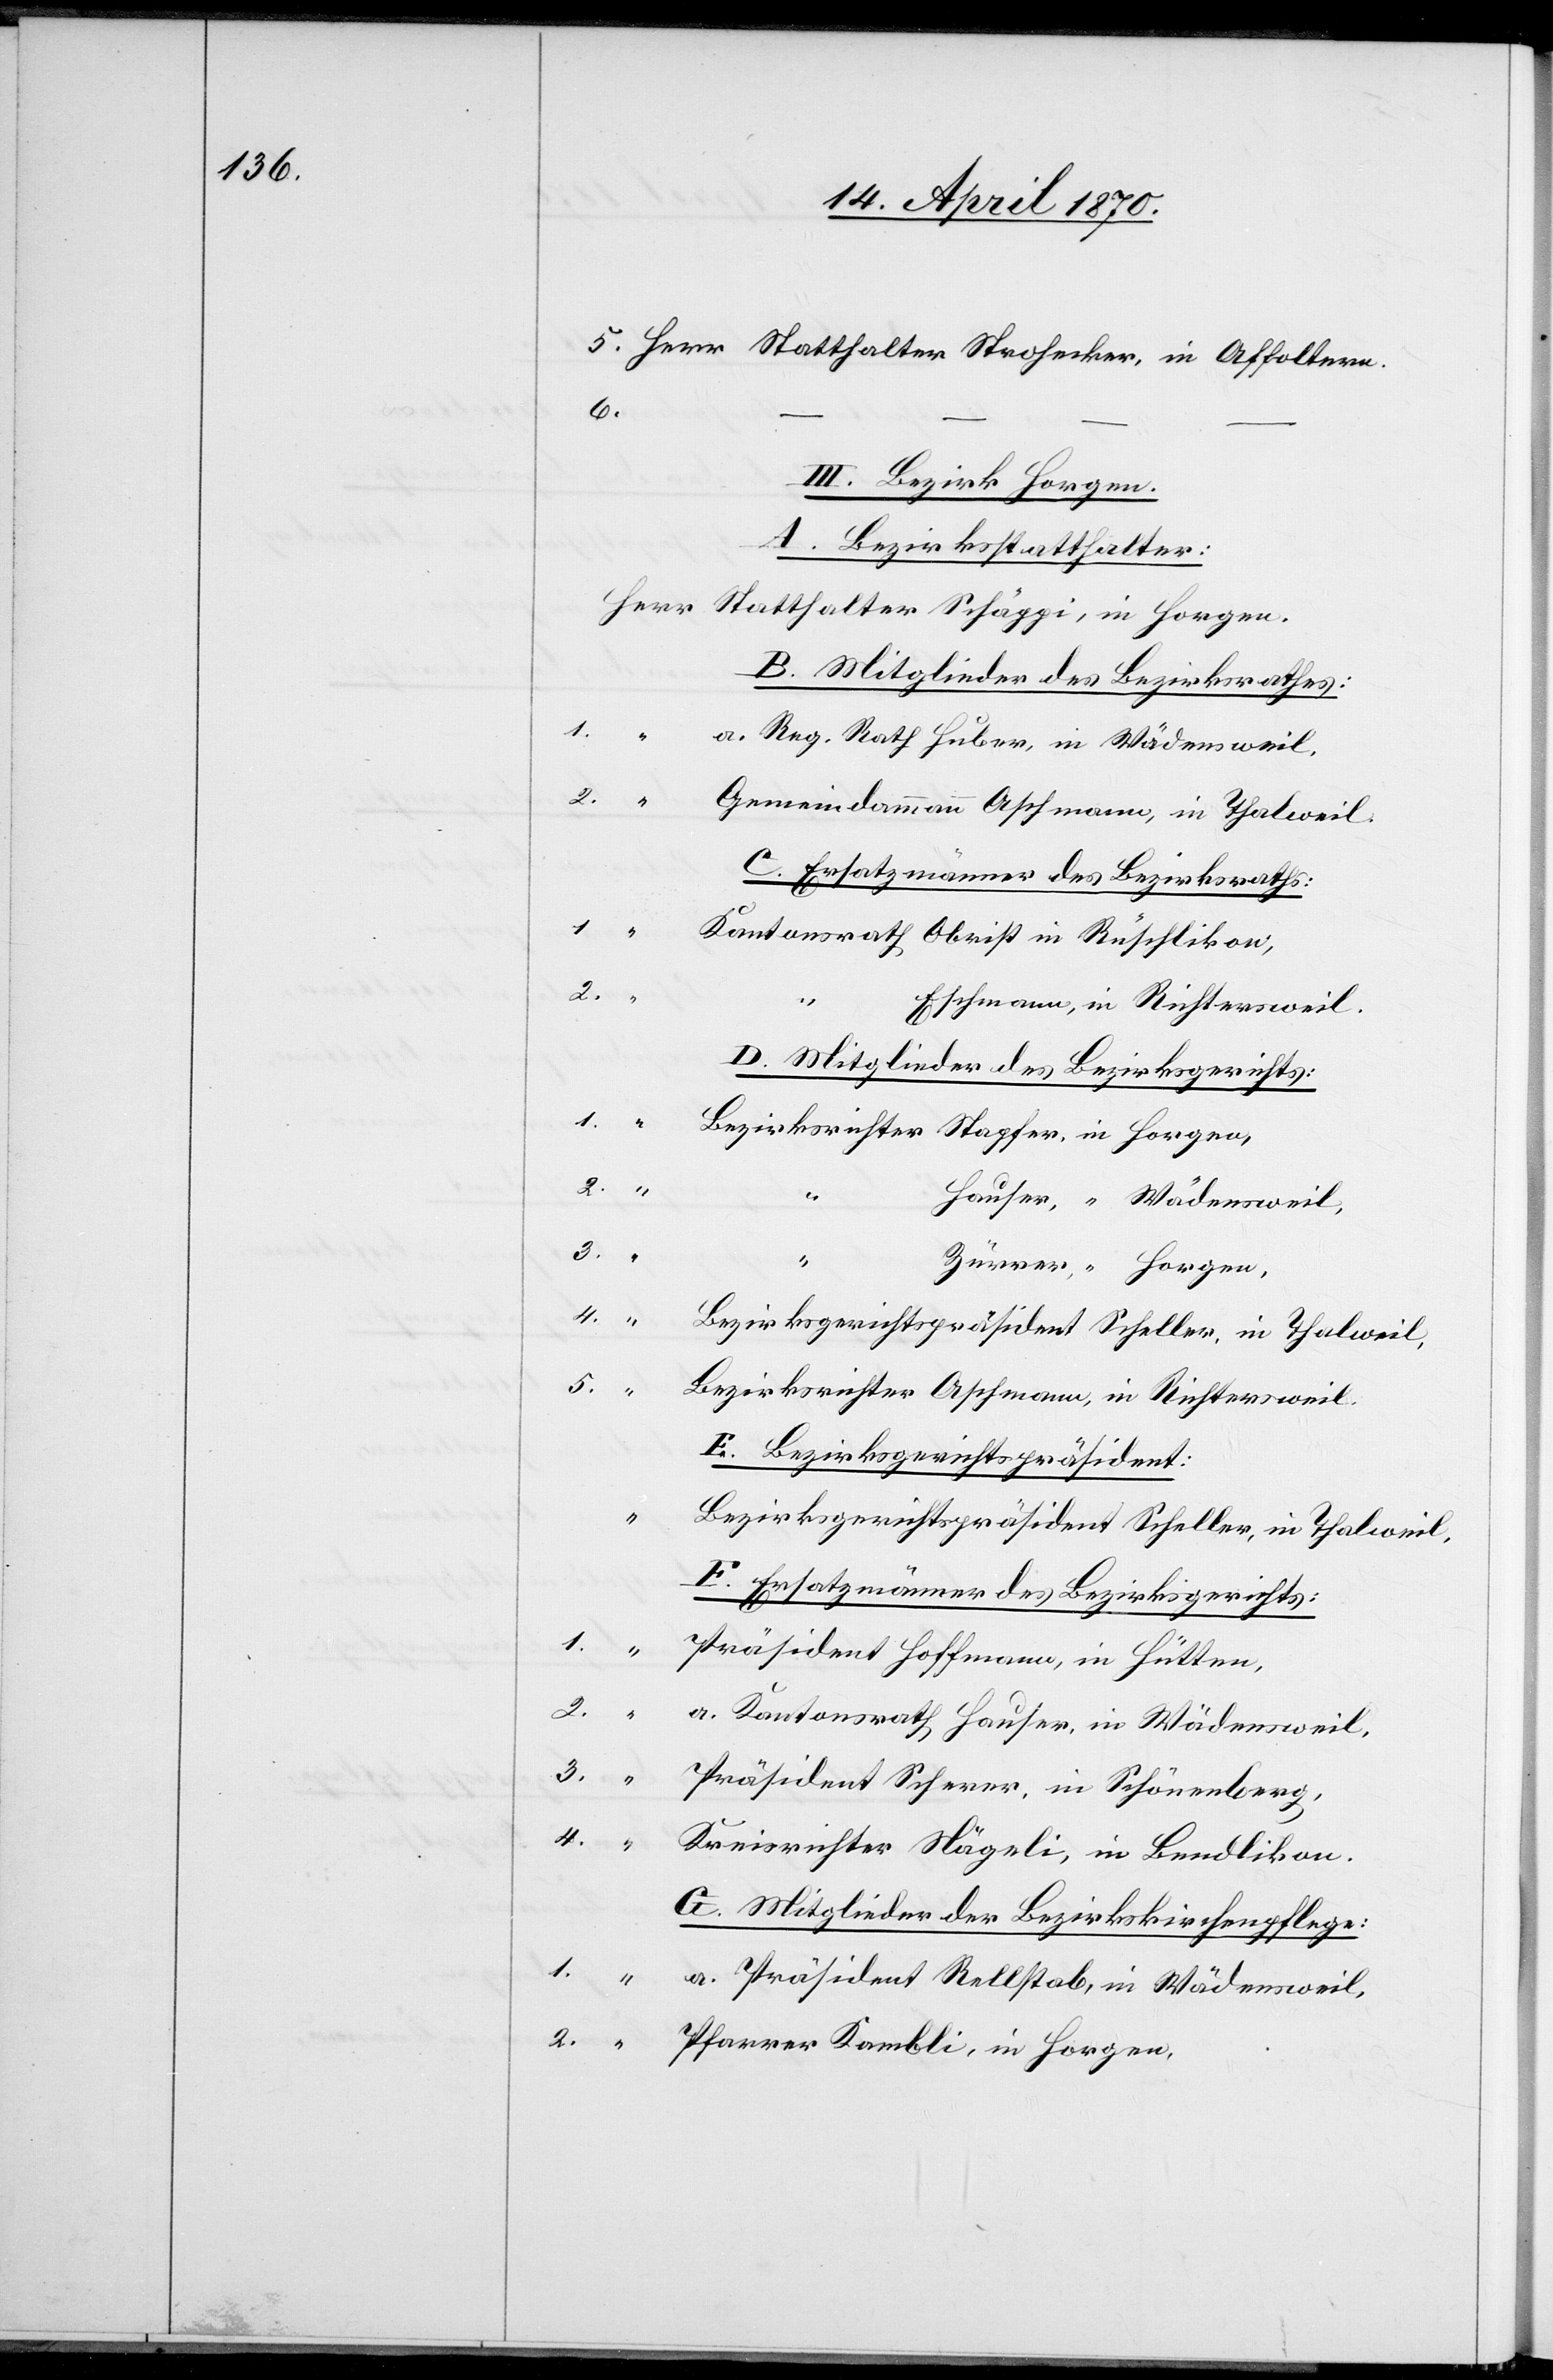
6.
III. Bezirk Horgen.
A. Bezirksstatthalter:
B. Mitglieder des Bezirksrathes:
a. Reg. Rath Huber, in Wädensweil.
2.
Gemeindammann Aschmann, in Thalweil.
C. Ersatzmänner des Bezirksrathes:
Kantonsrath Obrist in Rüschlikon,
2.
“
Eschmann, in Richtersweil.
D. Mitglieder des Bezirksgerichtes:
Bezirksrichter Stapfer, in Horgen,
1.
Hauser, [in] Wädensweil,
3.
“
Zürrer, “ Horgen,
4.
Bezirksgerichtspräsident Scheller, in Thalweil,
5.
Bezirksrichter Aschmann, in Richtersweil,
E. Bezirksgerichtspräsident.
“
Bezirksgerichtspräsident Scheller, in Thalweil,
F. Ersatzmänner des Bezirksgerichts:
4.
“
Präsident Hoffmann, in Hütten,
2.
a. Kantonsrath Hauser, in Wädensweil,
3.
Präsident Scherer, in Schönenberg,
Kreisrichter Nägeli, in Bendlikon.
G. Mitglieder der Bezirkskirchenpflege:
a. Präsident Rellstab, in Wädensweil,
Pfarrer Kambli, in Horgen,